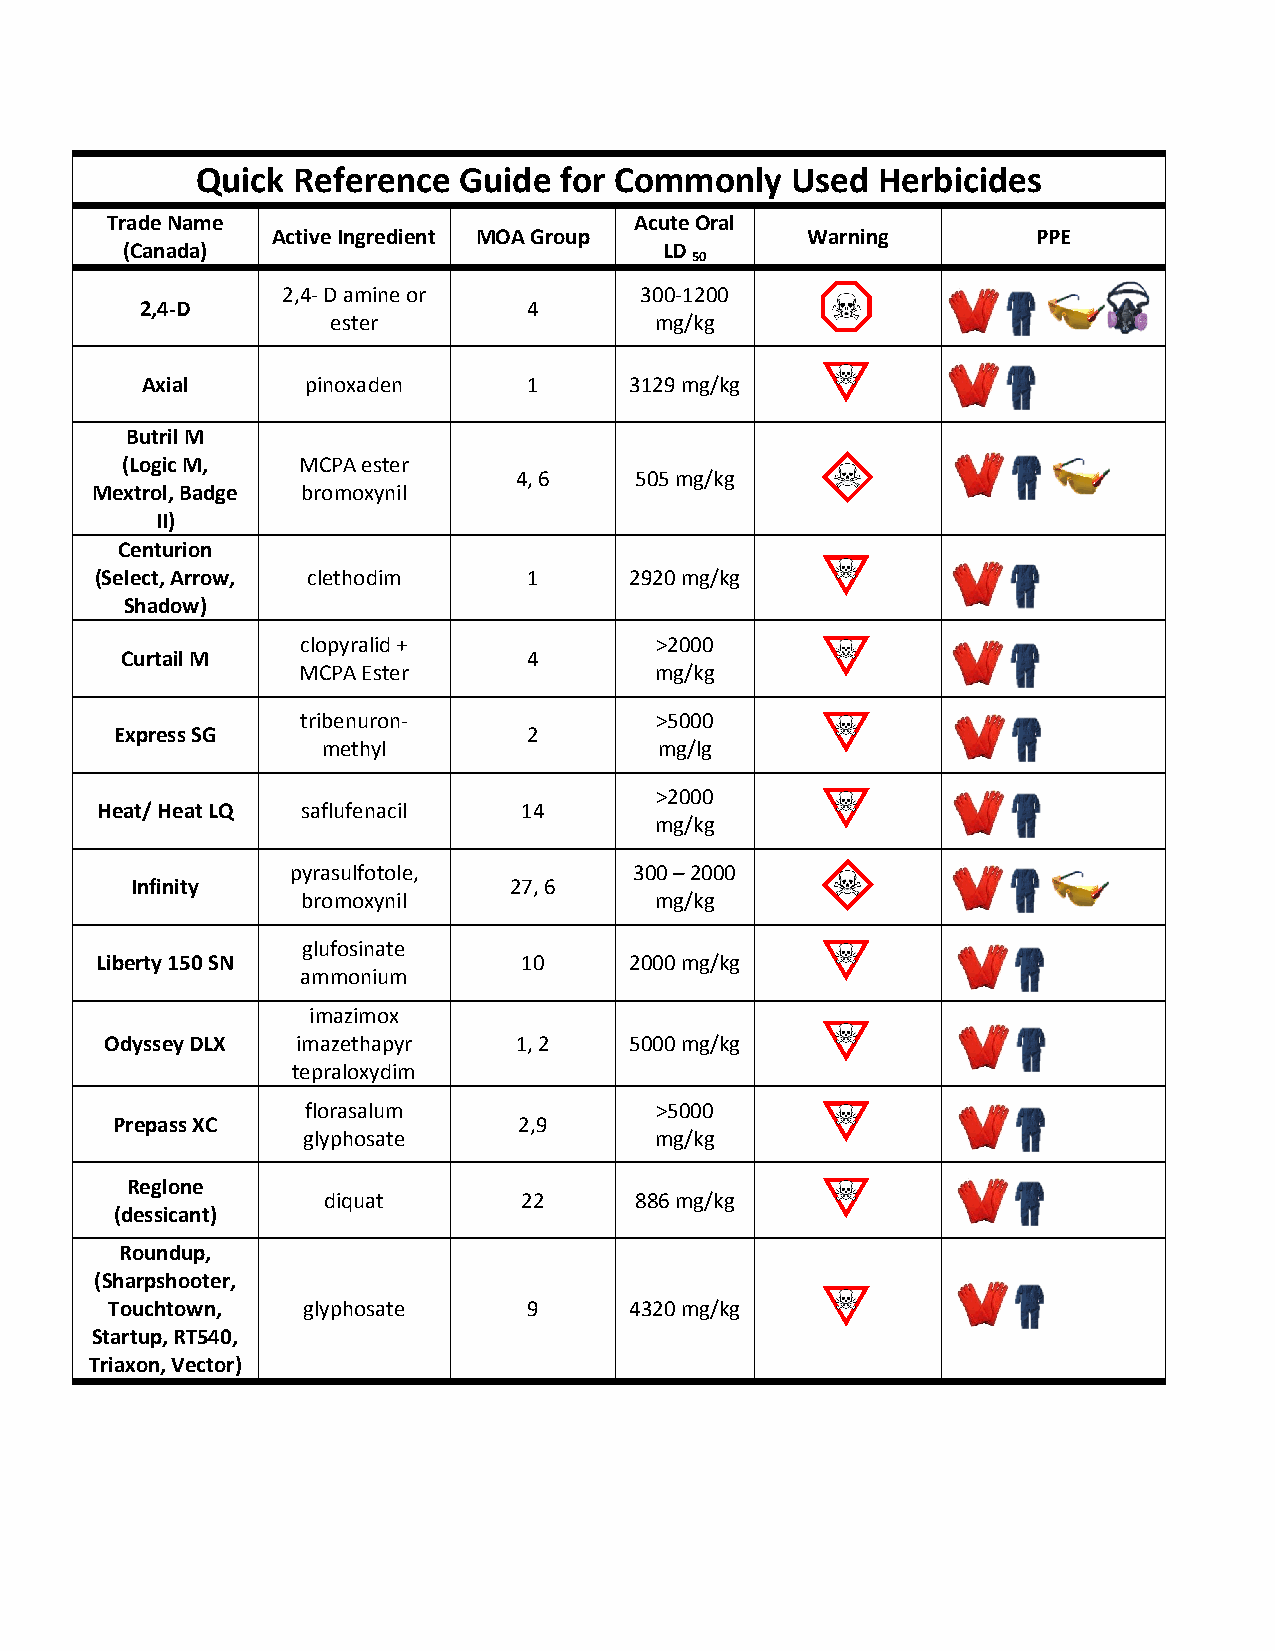
Quick Reference  Guide  for Commonly   Used  Herbicides
 Trade Name                         Acute Oral
 Active Ingredient MOA Group        Warning         PPE
 (Canada)                            LD
 50
 2,4- D amine or        300-1200
 2,4-D                     4
 ester                mg/kg
 Axial      pinoxaden      1      3129 mg/kg
 Butril M
 (Logic M,   MCPA ester
 4, 6    505 mg/kg
 Mextrol, Badge bromoxynil
 II)
 Centurion
 (Select, Arrow, clethodim    1      2920 mg/kg
 Shadow)
 clopyralid +           >2000
 Curtail M                  4
 MCPA Ester             mg/kg
 tribenuron-            >5000
 Express SG                 2
 methyl                 mg/lg
 >2000
 Heat/ Heat LQ saflufenacil   14
 mg/kg
 pyrasulfotole,         300 – 2000
 Infinity                 27, 6
 bromoxynil             mg/kg
 glufosinate
 Liberty 150 SN               10     2000 mg/kg
 ammonium
 imazimox
 Odyssey DLX  imazethapyr   1, 2    5000 mg/kg
 tepraloxydim
 florasalum             >5000
 Prepass XC                 2,9
 glyphosate             mg/kg
 Reglone
 diquat        22     886 mg/kg
 (dessicant)
 Roundup,
 (Sharpshooter,
 Touchtown,   glyphosate     9      4320 mg/kg
 Startup, RT540,
 Triaxon, Vector)